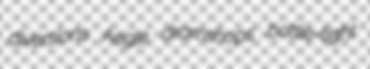
diversions Aegle dramshops bottle-tight